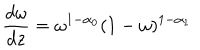
{ \frac { d \omega } { d z } } = \omega ^ { 1 - \alpha _ { 0 } } ( 1 - \omega ) ^ { 1 - \alpha _ { 1 } }